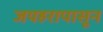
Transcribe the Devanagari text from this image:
जयहरापासून